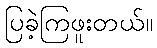
ပြခဲ့ကြဖူးတယ်။